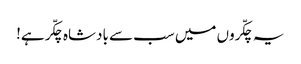
یہ چکّروں میں سب سے بادشاہ چکّر ہے!